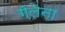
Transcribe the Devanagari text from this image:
गॅलेना